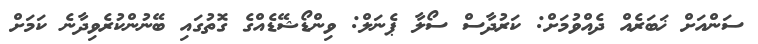
ސަންއަށް ޚަބަރެއް ދެއްވުމަށް: ކަރުދާސް ސޯލާ ޕެނަލް: ވިންޑޯޝޭޑެއްގެ ގޮތުގައި ބޭނުންކުރެވިދާނެ ކަމަށް